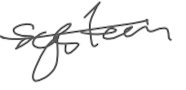
Text: system
Cross-out: single-line
Writing tool: digital_gray